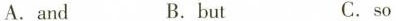
A.and B.but C. so